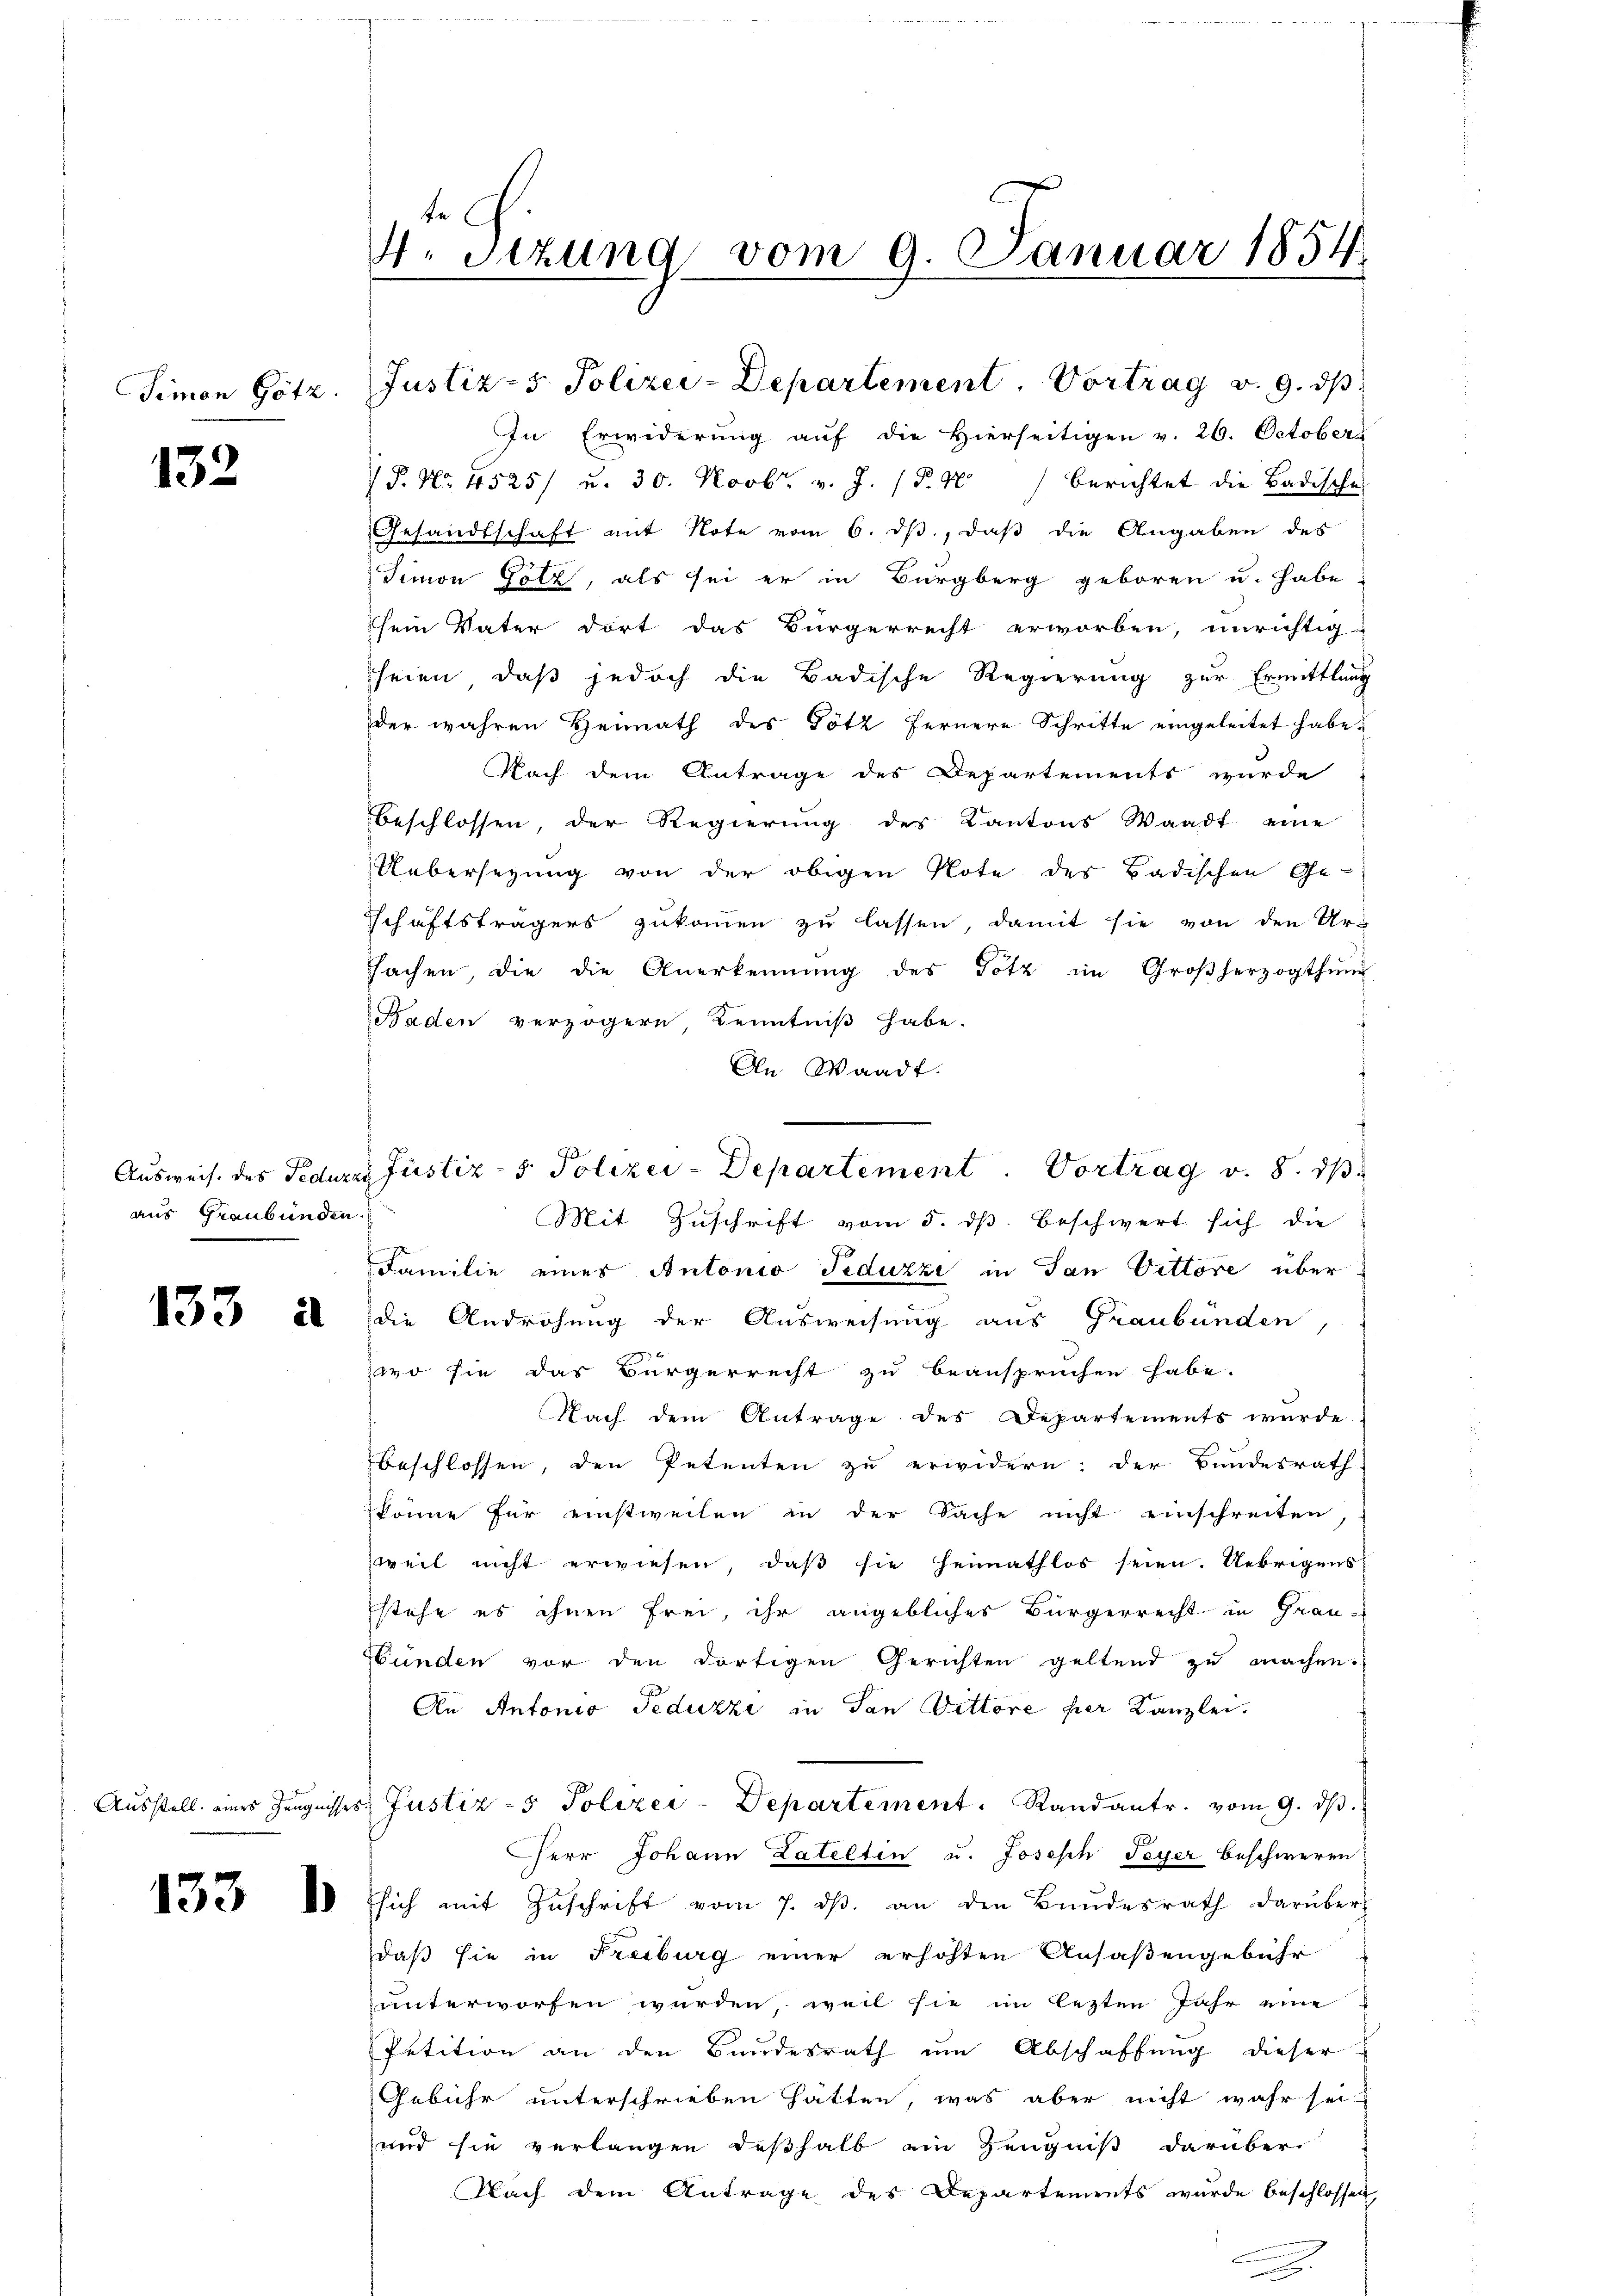
Simon Götz.

132

aus Graubünden.

Ausstell eines Zeugnis

be
4. Sitzung vom 9. Januar 1854.

Justiz- & Polizei-Departement, Vortrag v. 9. ds

In Erwiderung auf die Hierseitigen v. 26. Octobers
P. Nr. 4525/ u. 30. Novbr. v. J. (T.40) berichtet die Badische
Gesandtschaft mit Note vom 6. ds., daß die Angaben des
Simon Golz, als sei er in Burgberg geboren u. habe
sein Vater dort das Bürgerrecht erworben, unrichtig
seien, daß jedoch die Badische Regierung zur Ermittlung
der wahren Heimath des Götz fernere Schritte eingeleitet habe.
Nach dem Antrage des Departements wurde
beschlossen, der Regierung des Kantons Waadt eine
Uebersezung von der obigen Note des Badischen Ge-
schäftsträgers zukommen zu lassen, damit sie von den Ur-
sachen, die die Anerkennung des Götz im Großherzogthum
Baden verzögern, Kenntniß habe.
An Waadt.
Mit Zuschrift vom 5. ds. beschwert sich die
Familie eines Antonio Feduzzi in Tan Vittore über
 28 die Androhung der Ausweisung aus Graubünden,
2
wo sie das Bürgerrecht zu beanspruchen habe.
Nach dem Antrage des Departements wurde
beschlossen, den Petenten zu erwidern: der Bundesrath
könne für einstweilen in der Sache nicht einschreiten,
zweil nicht erwiesen, daß sie heimathlos seien. Uebrigens
stehe es ihnen frei, ihr angebliches Bürgerrecht in Grau-
Hunden vor den dortigen Gerichten geltend zu machen.
Au Antonio Teduzzi in Tan Dittore per Kanzlei.
tes Justiz- & Polizei-Departement. Randantr. vom 9. dβ.
Cherr Johann Lateltin u. Joseph Feyer beschweren
 d Eich mit Zŭschrift vom 7. dβ. an den Bundesrath darüber
daß sie in Freiburg einer erhöhten Ansäßengebühr
unterworfen wurden, weil sie im lezten Jahr eine
Petition an den Bundesrath um Abschaffung dieser
Gebühr unterschrieben hätten, was aber nicht wahr sei.
und sie verlangen deßhalb ein Zeugniß darüber
Nach dem Antrage des Departements wurde beschlossen

Aŭsweise des Fedures Justiz- & Polizei-Departement. Vortrag v. 8. dβ